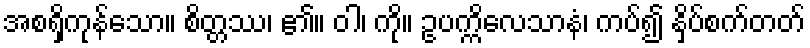
အစရှိကုန်သော။ စိတ္တဿ၊ ၏။ ဝါ၊ ကို။ ဥပက္ကိလေသာနံ၊ ကပ်၍ နှိပ်စက်တတ်